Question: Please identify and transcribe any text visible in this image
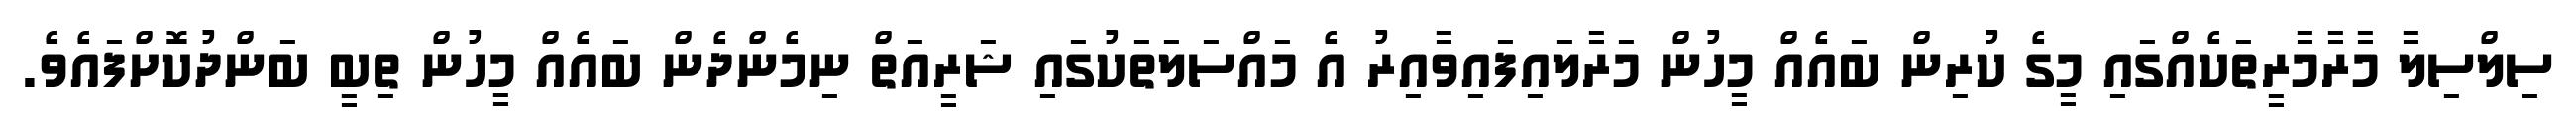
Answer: ސިލްސިލާ މާރާމާރީތަކެއްގައި މީގެ ކުރިން ބައެއް މީހުން މަރާލައިފައިވާއިރު އެ މައްސަލަތަކުގައި ޝަރީއަތް ނިމެންދެން ބައެއް މީހުން ތިބީ ބަންދުކޮށްފައެވެ.